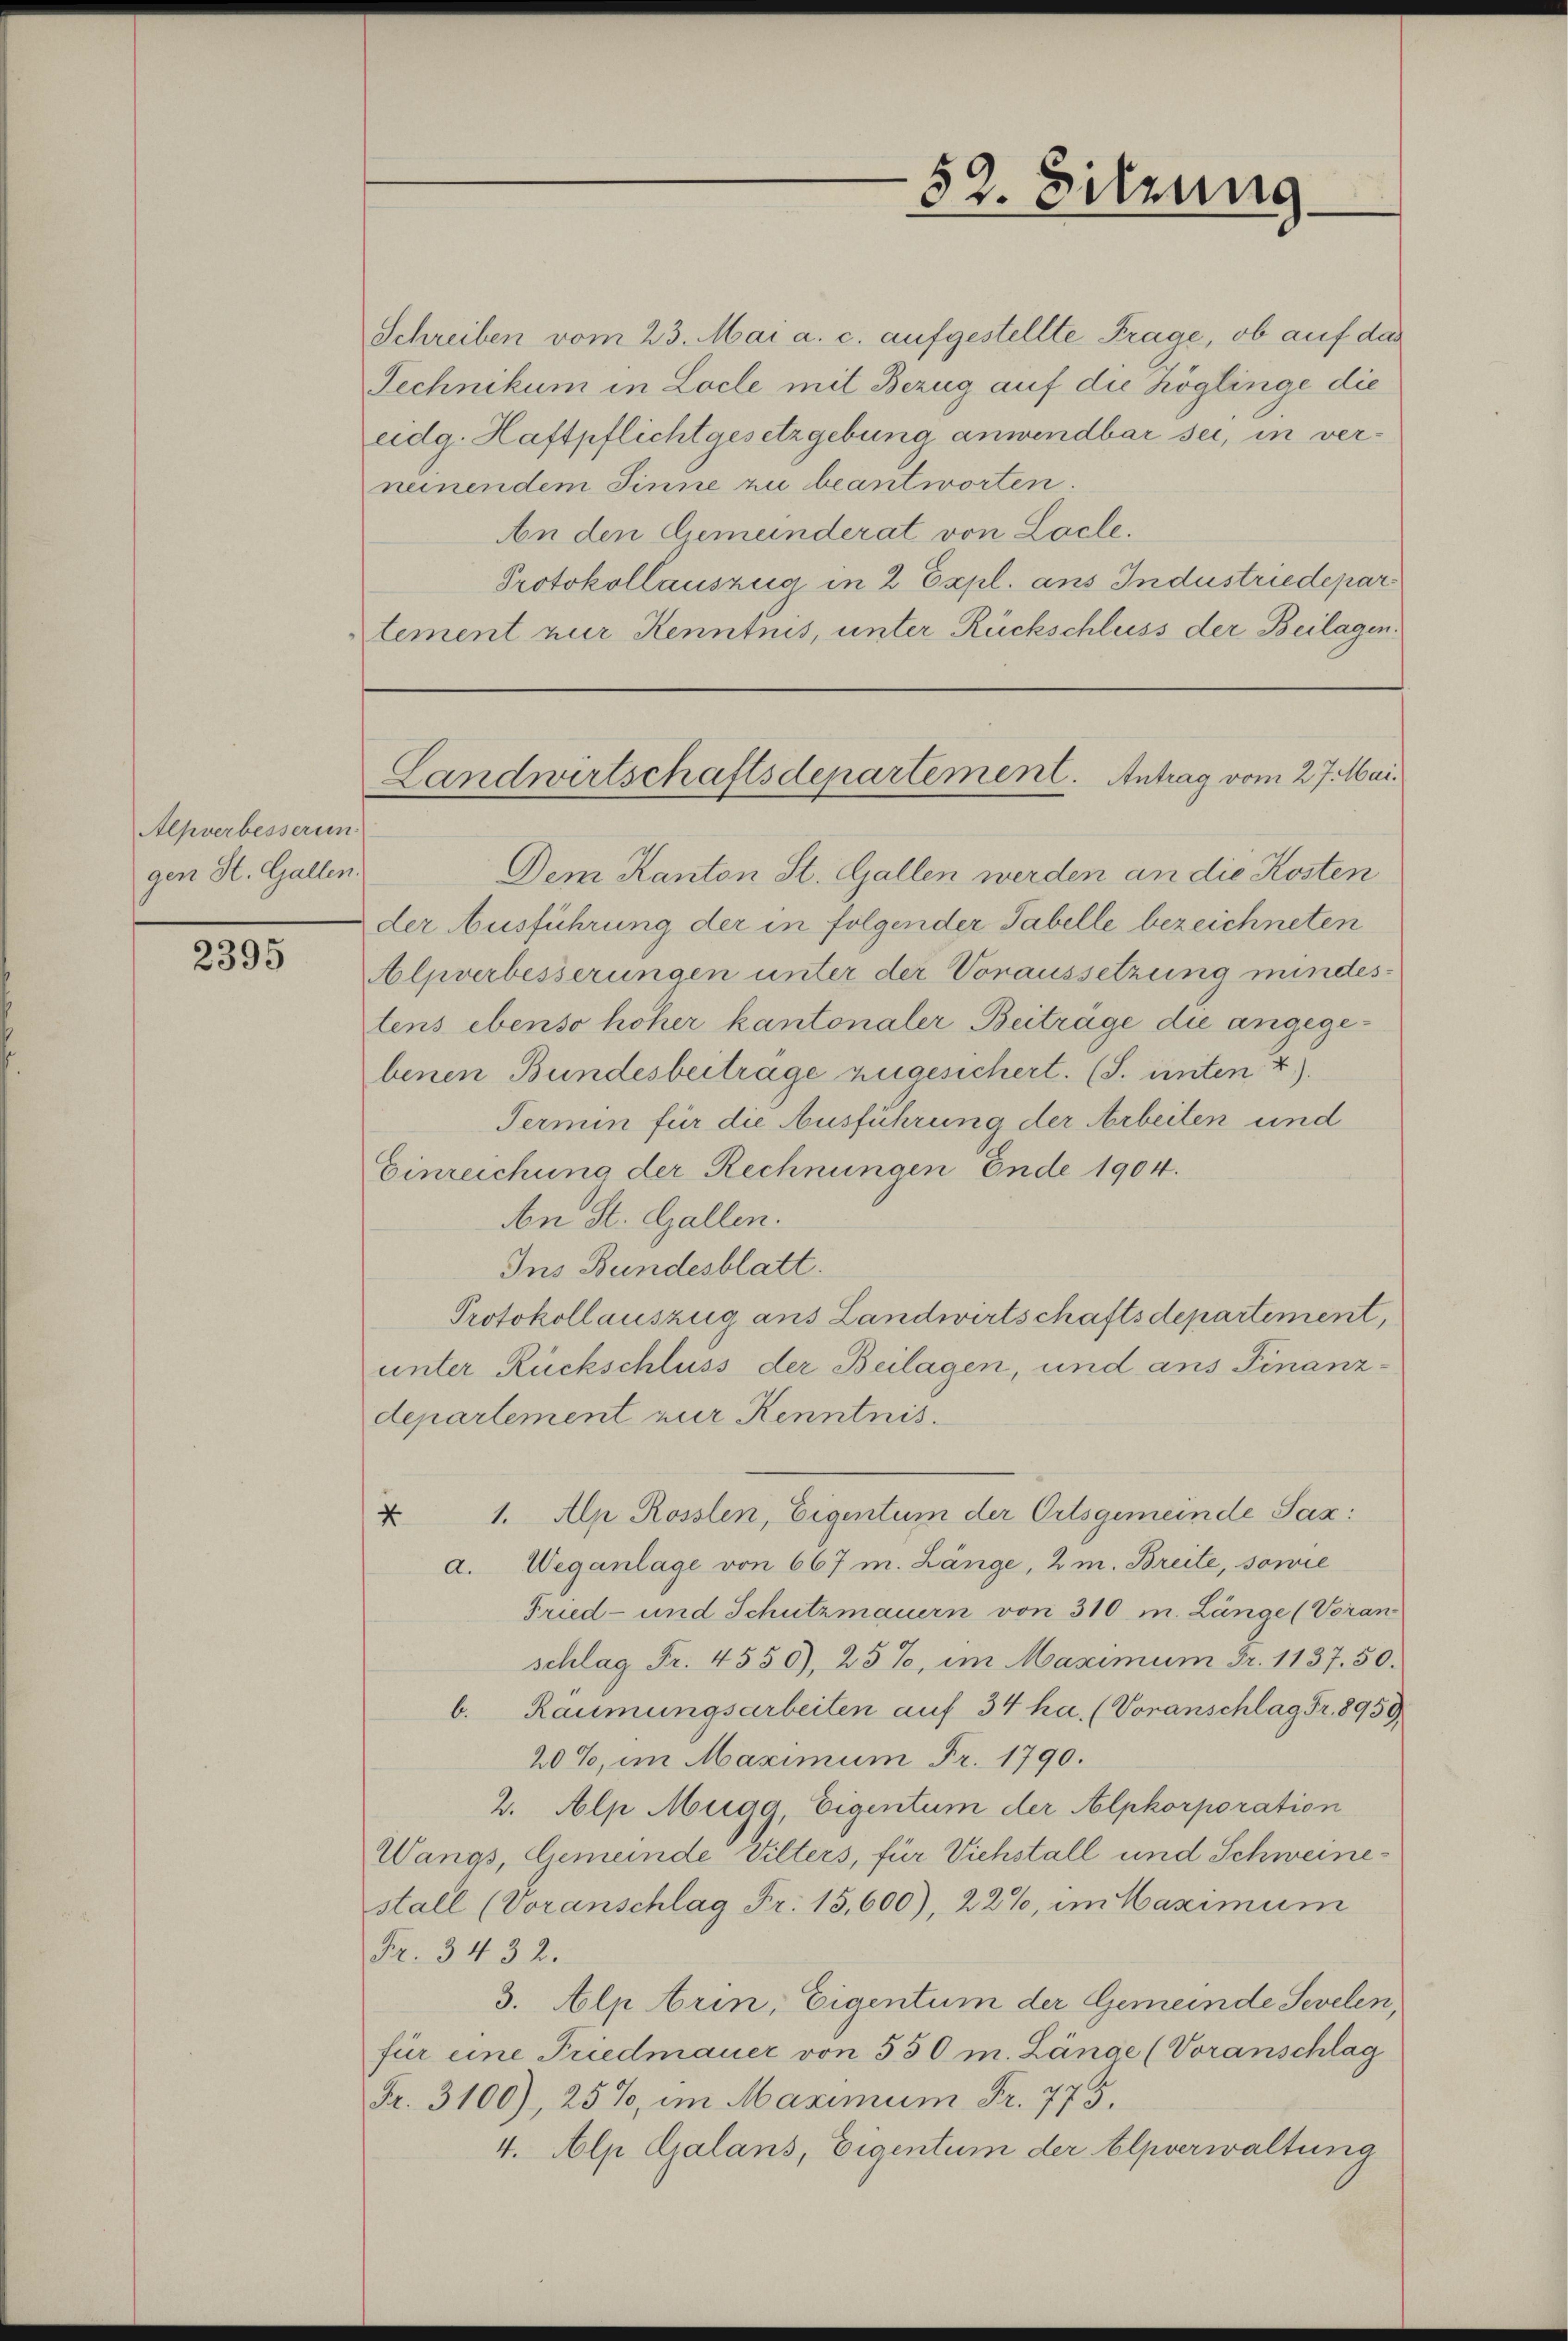
Alpverbesserun
gen St. Gallen.

2395

52. Sitzung

Landwirtschaftsdepartement. Antrag vom 27. Mai.

Schreiben vom 23. Mai a. c. aufgestellte Frage, ob auf das
Technikum in Loche mit Bezug auf die Köglinge die
eidg. Haftpflichtgesetzgebung anwendbar sei, in verneinendem Sinne zu beantworten.
An den Gemeinderat von Locle.
Protokollauszug in 2 Expl. aus Industriedepar
tement nur Kenntnis, unter Rückschluss der Beilagen.
Dem Kanton St. Gallen werden an die Kosten
der Ausführung der in folgender Tabelle bezeichneten
Alpverbesserungen unter der Voraussetzung mindestens ebenso hoher kantonaler Beitrage die angegebenen Bundesbeiträge zugesichert. (S. unten 2).
Termin für die Ausführung der Arbeiten und
Einreichung der Rechnungen Ende 1904.
An St. Gallen.
Ins Bundesblatt.
Protokollauszug aus Landwirtschaftsdepartement,
unter Rückschluss der Beilagen, und ans Finanzdepartement zur Kenntnis.
1. Alp Rosslen, Eigentum der Ortsgemeinde Sax:
4
a. Weganlage von 667 m. Länge, 2 m. Breite, sowie
Fried- und Schutzmauern von 310 m. Länge (Voran
schlag Fr. 4550), 25%, im Maximum Fr. 1137. 50.
b. Räumungsarbeiten auf 34 ha. (Voranschlag Fr. 8959
20%, im Maximum Fr. 1790.
2. Alp Mugg, Eigentum der Alpkorporation
Wangs, Gemeinde Vilters, für Viehstall und Schweinestall (Voranschlag Fr. 15,600), 22%, im Maximum
Fr. 3432.
3. Alp brin, Eigentum der Gemeinde Sevelen,
für eine Friedmauer von 550 m. Länge (Voranschlag
Fr. 3100), 25%, im Maximum Fr. 775.
4. Alp Galans, Eigentum der Elpverwaltung